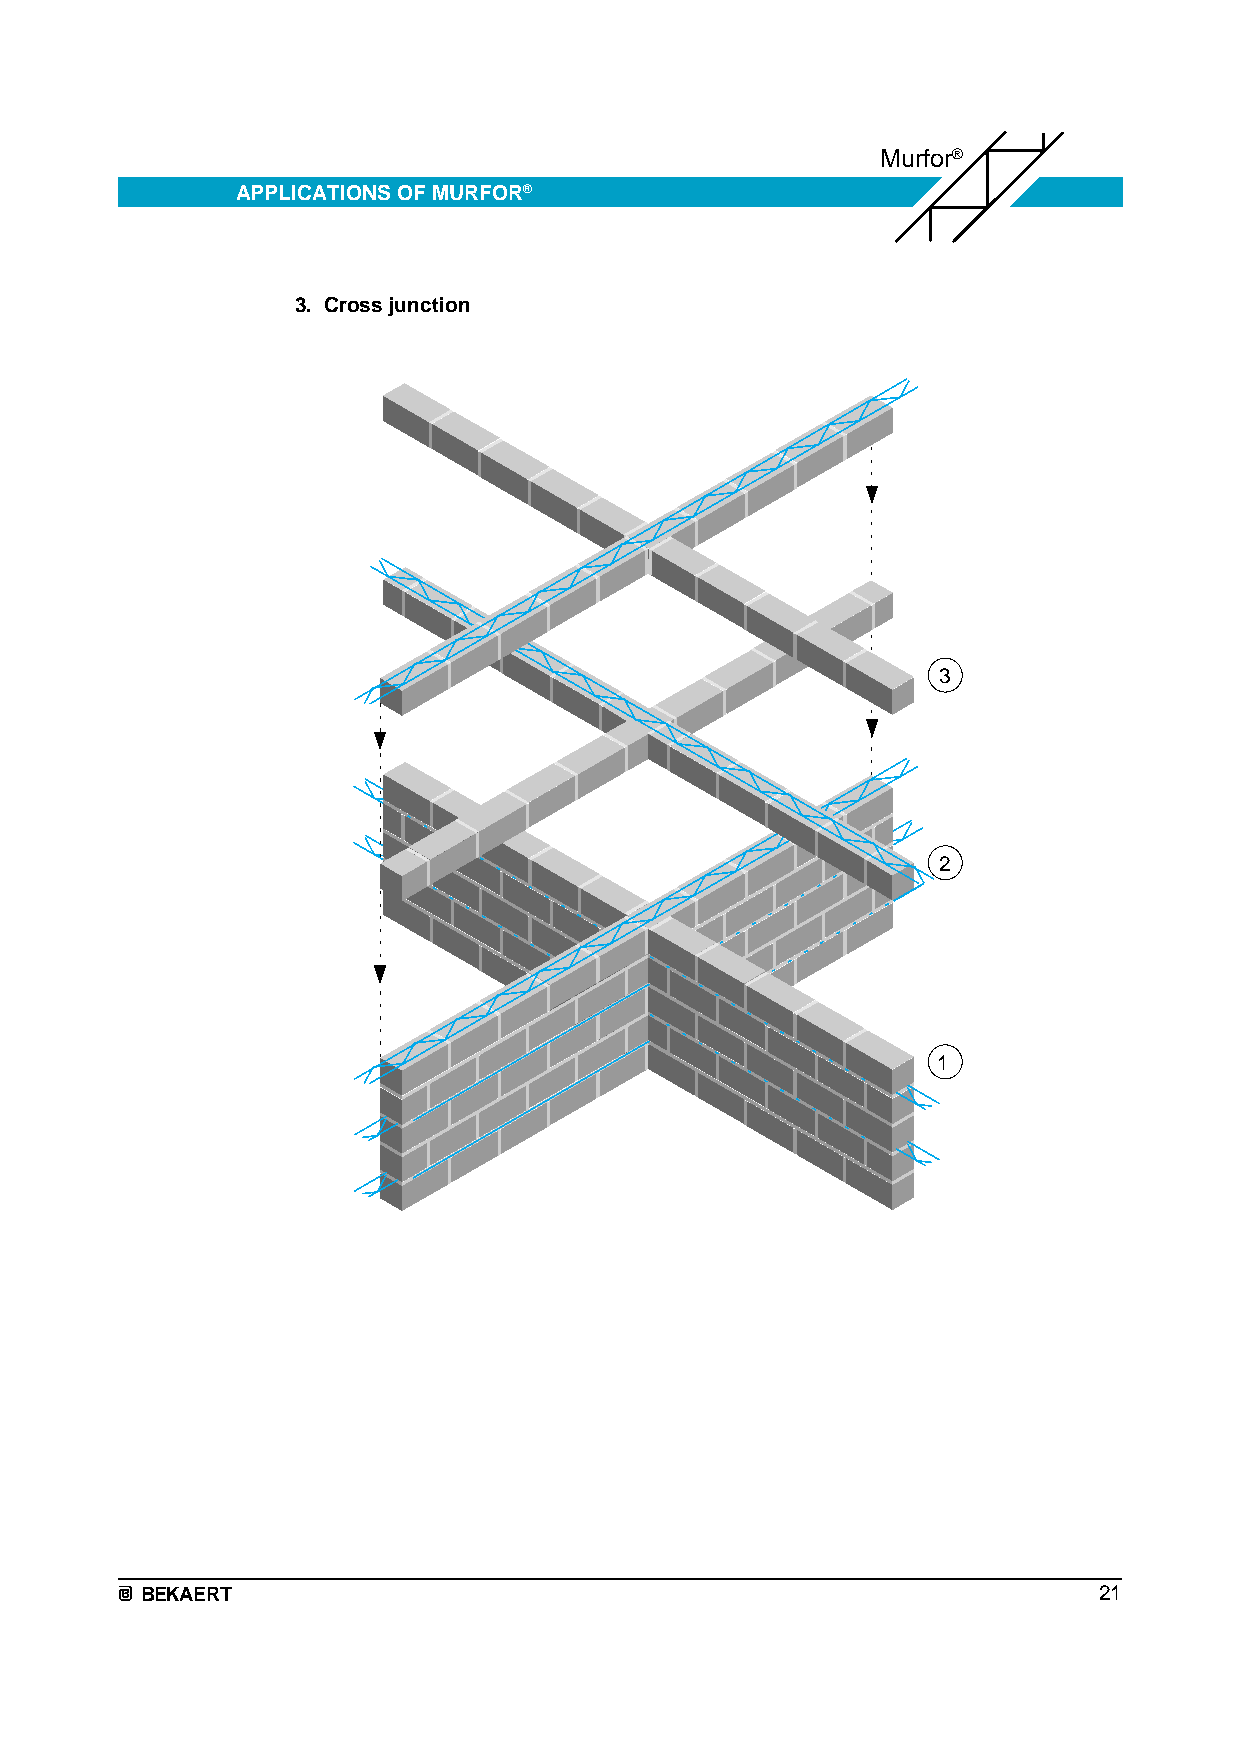
Murfor®
 APPLICATIONS OF MURFOR®
 3. Cross junction
 3
 2
 1
 BEKAERT                                                         21